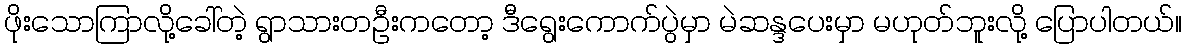
ဖိုးသောကြာလို့ခေါ်တဲ့ ရွာသားတဦးကတော့ ဒီရွေးကောက်ပွဲမှာ မဲဆန္ဒပေးမှာ မဟုတ်ဘူးလို့ ပြောပါတယ်။